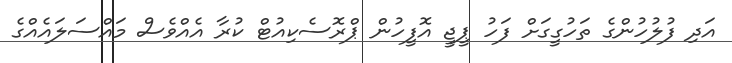
އަދި ފުލުހުންގެ ތަހުގީގަށް ފަހު ޕީޖީ އޮފީހުން ޕްރޮސެކިއުޓް ކުރާ އެއްވެސް މައްސަލައެއްގެ